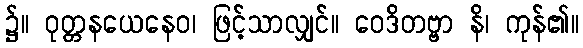
၌။ ဝုတ္တနယေနေဝ၊ ဖြင့်သာလျှင်။ ဝေဒိတဗ္ဗာ နိ၊ ကုန်၏။